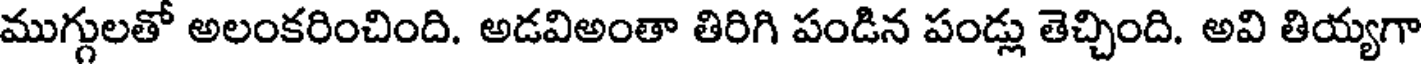
ముగ్గులతో అలంకరించింది. అడవిఅంతా తిరిగి పండిన పండ్లు తెచ్చింది. అవి తియ్యగా